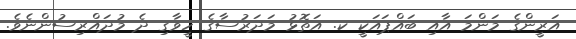
އަރީންގެ މަންމަ އާއި ބައްޕައަކީ ކ. އަތޮޅު މަދަރުސާގެ ހީވާގި ދެ މުދައްރިސުންނެވެ.